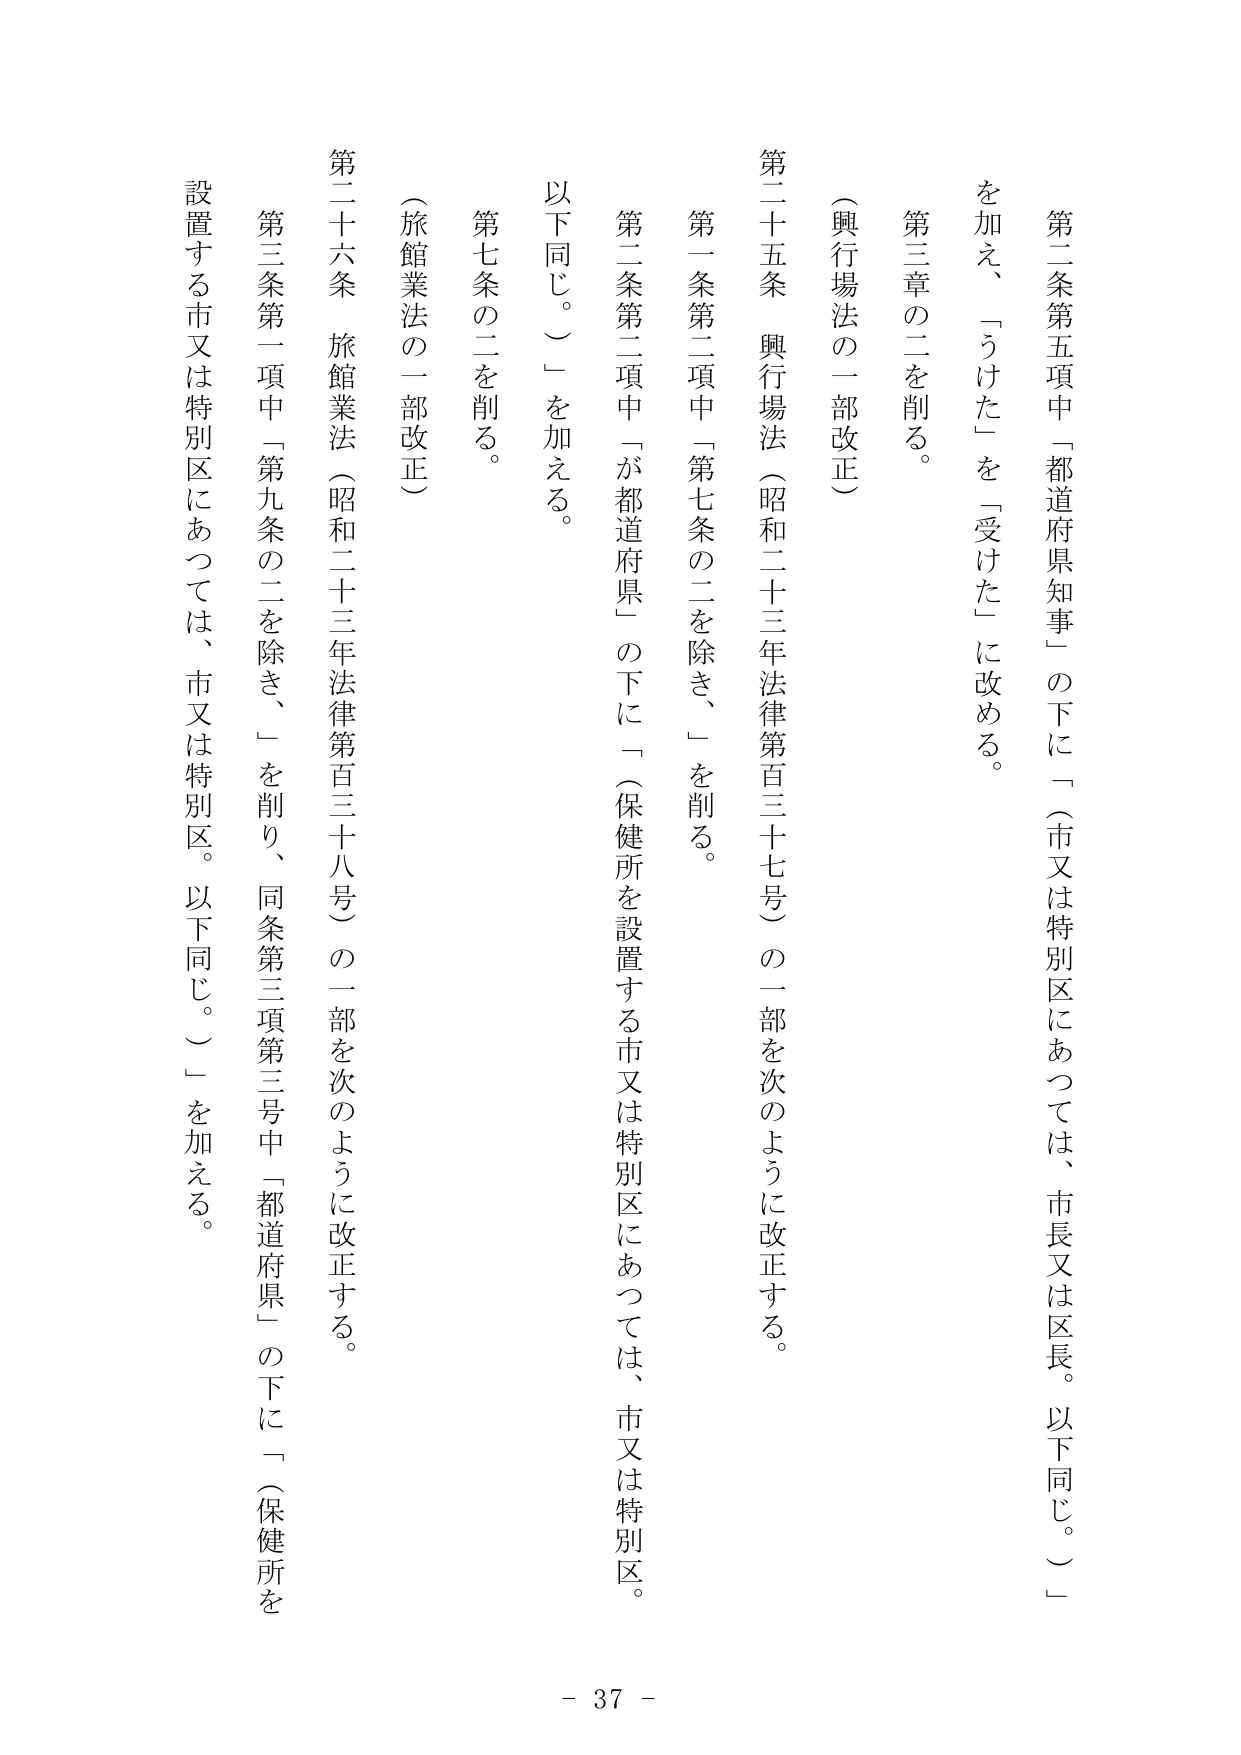
第二条第五項中「都道府県知事」の下に「（市又は特別区にあつては、市長又は区長。以下同じ。）」を加え、「うけた」を「受けた」に改める。

第三章の二を削る。

（興行場法の一部改正）

第二十五条 興行場法（昭和二十三年法律第百三十七号）の一部を次のように改正する。

第一条第二項中「第七条の二を除き、」を削る。

第二条第二項中「が都道府県」の下に「（保健所を設置する市又は特別区にあつては、市又は特別区。以下同じ。）」を加える。

第七条の二を削る。

（旅館業法の一部改正）

第二十六条 旅館業法（昭和二十三年法律第百三十八号）の一部を次のように改正する。

第三条第一項中「第九条の二を除き、」を削り、同条第三項第三号中「都道府県」の下に「（保健所を設置する市又は特別区にあつては、市又は特別区。以下同じ。）」を加える。

- 37 -